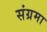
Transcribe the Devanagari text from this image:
संग्रमा